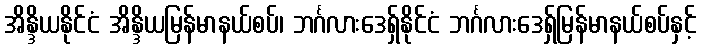
အိန္ဒိယနိုင်ငံ အိန္ဒိယမြန်မာနယ်စပ်၊ ဘင်္ဂလားဒေရှ်နိုင်ငံ ဘင်္ဂလားဒေရှ်မြန်မာနယ်စပ်နှင့်